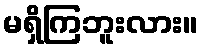
မရှိကြဘူးလား။